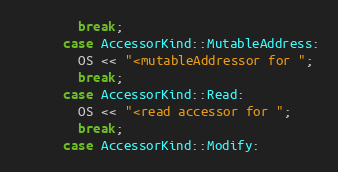
Language: C++
        break;
      case AccessorKind::MutableAddress:
        OS << "<mutableAddressor for ";
        break;
      case AccessorKind::Read:
        OS << "<read accessor for ";
        break;
      case AccessorKind::Modify: